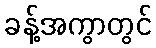
ခန့်အကွာတွင်